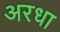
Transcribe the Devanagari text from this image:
अरधा